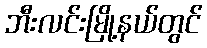
ဘီးလင်းမြို့နယ်တွင်